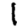
Digit: 1